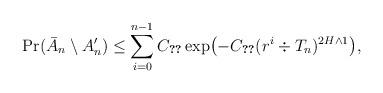
LaTeX: \begin{align*}\Pr (\bar{A}_n \setminus A_n') \leq \sum_{i = 0}^{n - 1} C_{\ref{b}} \exp \bigl(-C_{\ref{a}} (r^i \div T_n)^{2 H \wedge 1}\bigr),\end{align*}